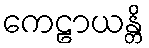
ကေဠာယန္တိ